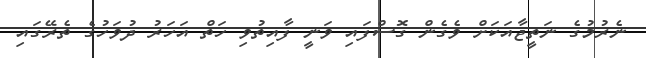
ނެރުމުގެ ނަތީޖާއަކަށް ވެގެން ގޮސްފައި ވަނީ ފާއިތުވި ހަތް އަހަރު ދުވަހުގެ ތެރޭގައި